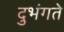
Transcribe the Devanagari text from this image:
दुभंगते